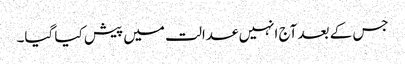
جس کے بعد آج انہیں عدالت میں پیش کیا گیا۔